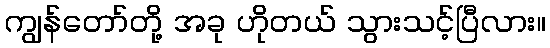
ကျွန်တော်တို့ အခု ဟိုတယ် သွားသင့်ပြီလား။